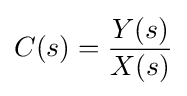
C(s)={\frac {Y(s)}{X(s)}}